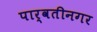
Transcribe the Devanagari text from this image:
पार्वतीनगर